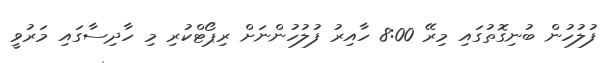
ފުލުހުން ބުނިގޮތުގައި މިރޭ 8:00 ހާއިރު ފުލުހުންނަށް ރިޕޯޓްކުރި މި ހާދިސާގައި މަރުވީ